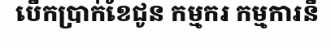
បើកប្រាក់ខែជូន កម្មករ កម្មការនី